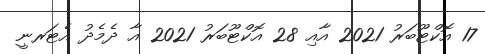
17 އޮކްޓޫބަރު 2021 އާއި 28 އޮކްޓޫބަރު 2021 އާ ދެމެދު އެޓަރނީ